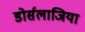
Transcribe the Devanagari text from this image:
डोर्सलाजिया